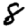
Digit: 8